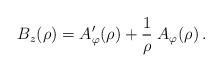
LaTeX: \begin{align*}B_z(\rho)=A'_{\varphi}(\rho)+{1\over\rho}\;A_{\varphi}(\rho)\,.\end{align*}